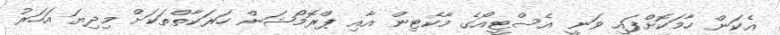
އެކަން ހާމަކޮށްފައި ވަނީ އެސްޓީއޯގެ މާކެޓިން އާއި ޕްރޮމޯޝަން ހަރަކާތްތަކަށް މިދިޔަ އަހަރު